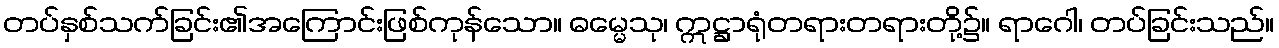
တပ်နှစ်သက်ခြင်း၏အကြောင်းဖြစ်ကုန်သော။ ဓမ္မေသု၊ ဣဋ္ဌာရုံတရားတရားတို့၌။ ရာဂေါ၊ တပ်ခြင်းသည်။